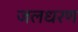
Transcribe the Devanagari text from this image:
जलधरण